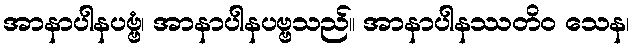
အာနာပါနပဗ္ဗံ၊ အာနာပါနပဗ္ဗသည်။ အာနာပါနဿတိဝ သေန၊